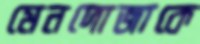
মেনদোজাকে